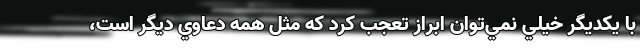
با يكديگر خيلي نمي‌توان ابراز تعجب كرد كه مثل همه دعاوي ديگر است،